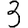
Digit: 3